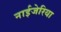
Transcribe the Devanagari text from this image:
नाईजेरिया